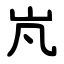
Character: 㞩